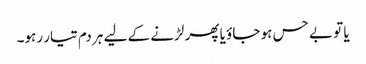
یا تو بے حس ہو جاؤ یا پھر لڑنے کے لیے ہر دم تیار رہو۔